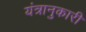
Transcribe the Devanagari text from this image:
यंत्रानुकारी